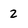
Character: 2